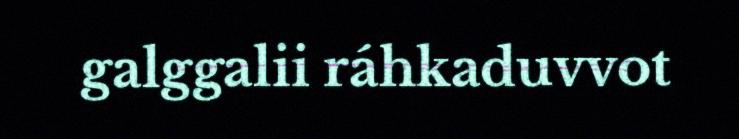
galggalii ráhkaduvvot